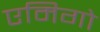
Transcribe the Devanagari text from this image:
एमिगो